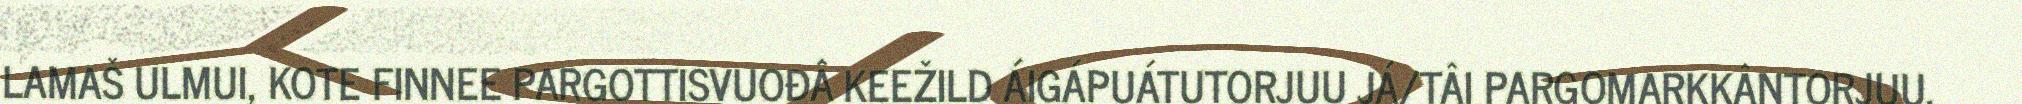
LAMAŠ ULMUI, KOTE FINNEE PARGOTTISVUOĐÂ KEEŽILD ÁIGÁPUÁTUTORJUU JÁ/TÂI PARGOMARKKÂNTORJUU.